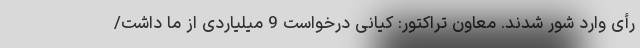
رأی وارد شور شدند. معاون تراکتور: کیانی درخواست 9 میلیاردی از ما داشت/